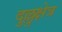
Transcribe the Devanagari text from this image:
दुल्लुक्षेत्र